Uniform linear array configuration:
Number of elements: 16
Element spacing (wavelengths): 0.75
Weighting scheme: binomial
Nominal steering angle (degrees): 60
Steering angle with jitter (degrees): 59.538
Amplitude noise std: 0.05
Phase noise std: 0.05

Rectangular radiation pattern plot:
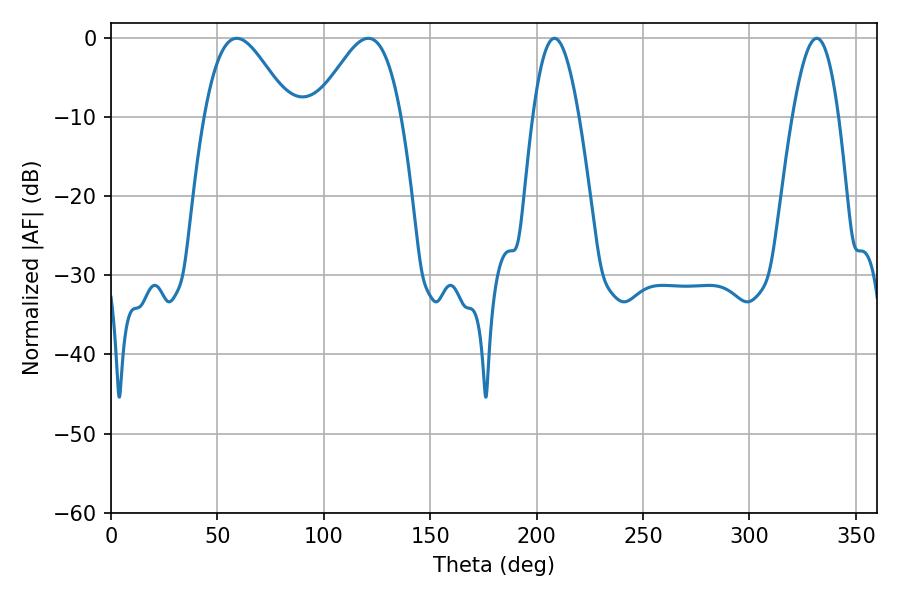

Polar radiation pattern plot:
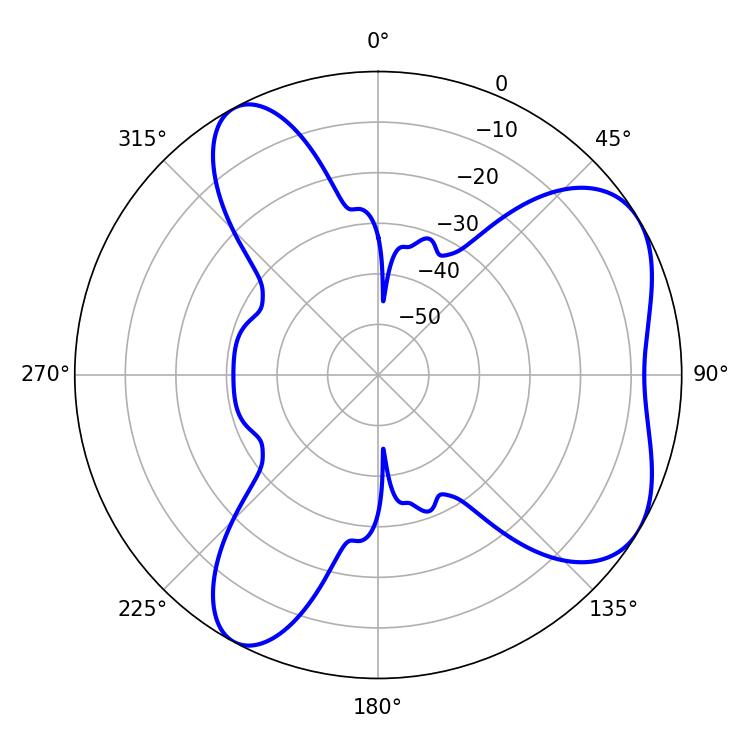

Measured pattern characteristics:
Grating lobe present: TRUE
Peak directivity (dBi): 5.745
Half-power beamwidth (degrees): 21.42
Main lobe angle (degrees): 59.04